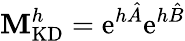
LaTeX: \mathbf{M}_{\mathrm{{KD}}}^{h}=\mathrm{{e}}^{h\hat{{A}}}\mathrm{{e}}^{h\hat{{B}}}